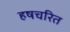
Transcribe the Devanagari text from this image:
हषचरित